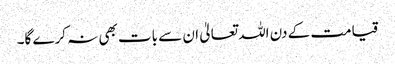
قیامت کے دن اللہ تعالیٰ ان سے بات بھی نہ کرے گا۔